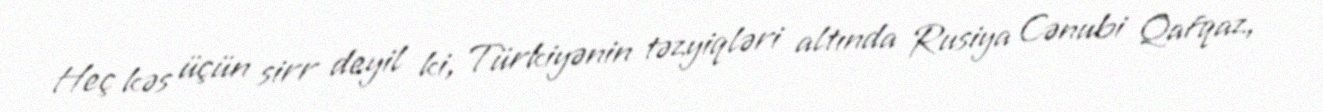
Heç kəs üçün sirr deyil ki, Türkiyənin təzyiqləri altında Rusiya Cənubi Qafqaz,